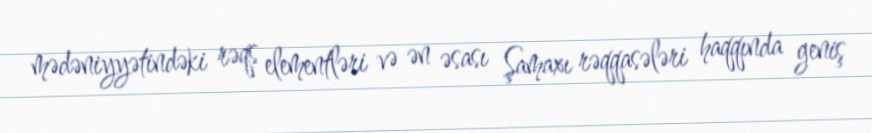
mədəniyyətindəki rəqs elementləri və ən əsası Şamaxı rəqqasələri haqqında geniş